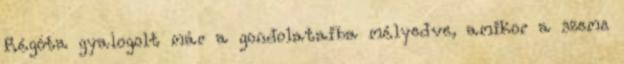
Régóta gyalogolt már a gondolataiba mélyedve, amikor a szeme